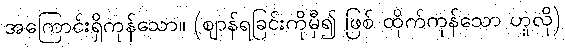
အကြောင်းရှိကုန်သော။ (ဈာန်ရခြင်းကိုမှီ၍ ဖြစ် ထိုက်ကုန်သော ဟူလို)